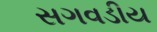
સગવડીય